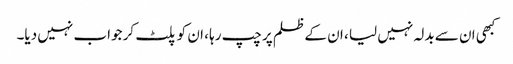
کبھی ان سے بدلہ نہیں لیا ، ان کے ظلم پر چپ رہا ، ان کو پلٹ کر جواب نہیں دیا۔